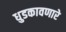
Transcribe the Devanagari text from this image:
धुडकावणारे